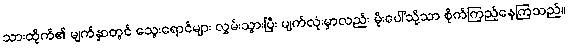
သားထိုက်၏ မျက်နှာတွင် သွေးရောင်များ လွှမ်းသွားပြီး မျက်လုံးမှာလည်း မိုးပေါ်သို့သာ စိုက်ကြည့်နေကြသည်။